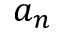
a _ { n }